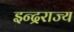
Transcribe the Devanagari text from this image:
इन्द्रराज्य